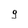
Character: 9